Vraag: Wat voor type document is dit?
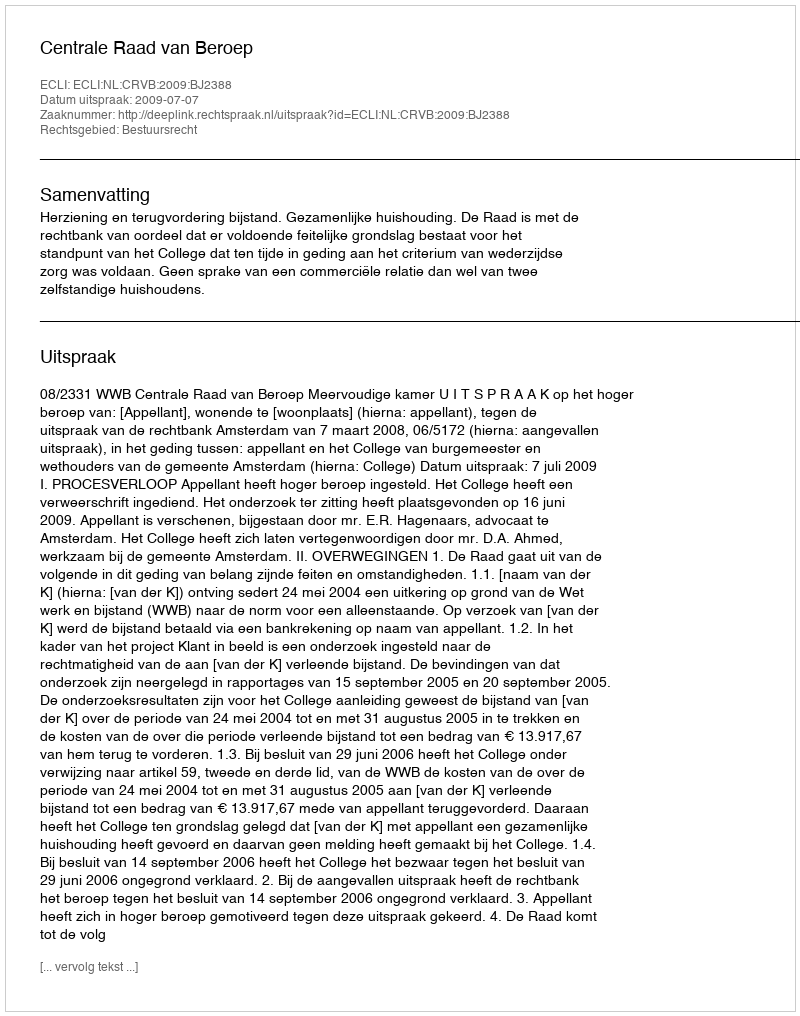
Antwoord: Uitspraak